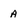
Character: A